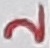
Text: 2